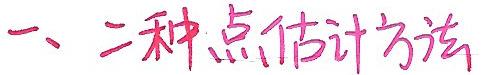
一、二种点估计方法